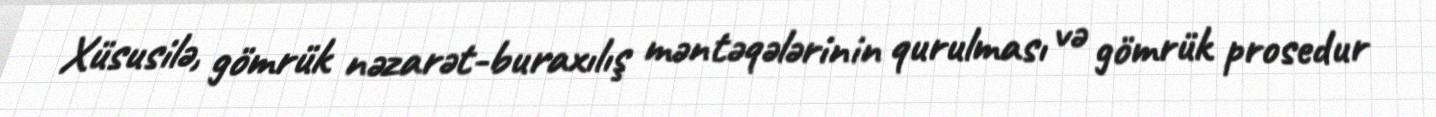
Xüsusilə, gömrük nəzarət-buraxılış məntəqələrinin qurulması və gömrük prosedur